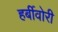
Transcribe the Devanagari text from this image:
हर्बीवोरी